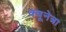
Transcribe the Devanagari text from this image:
क्यूनेत्रा